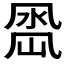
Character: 𭂵